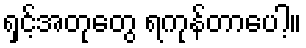
ရှင့်အတုတွေ ရကုန်တာပေါ့။